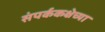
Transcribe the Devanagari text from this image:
संपर्ककक्षेच्या